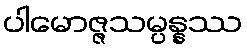
ပါမောဇ္ဇသမ္ပန္နဿ